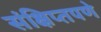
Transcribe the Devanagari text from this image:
संक्षिप्‍तपणे